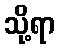
သို့ရာ